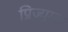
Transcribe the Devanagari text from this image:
प्रिज्युम्ड